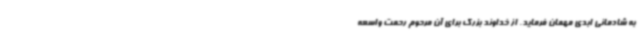
به شادمانی ابدی مهمان فرماید. از خداوند بزرگ برای آن مرحوم رحمت واسعه